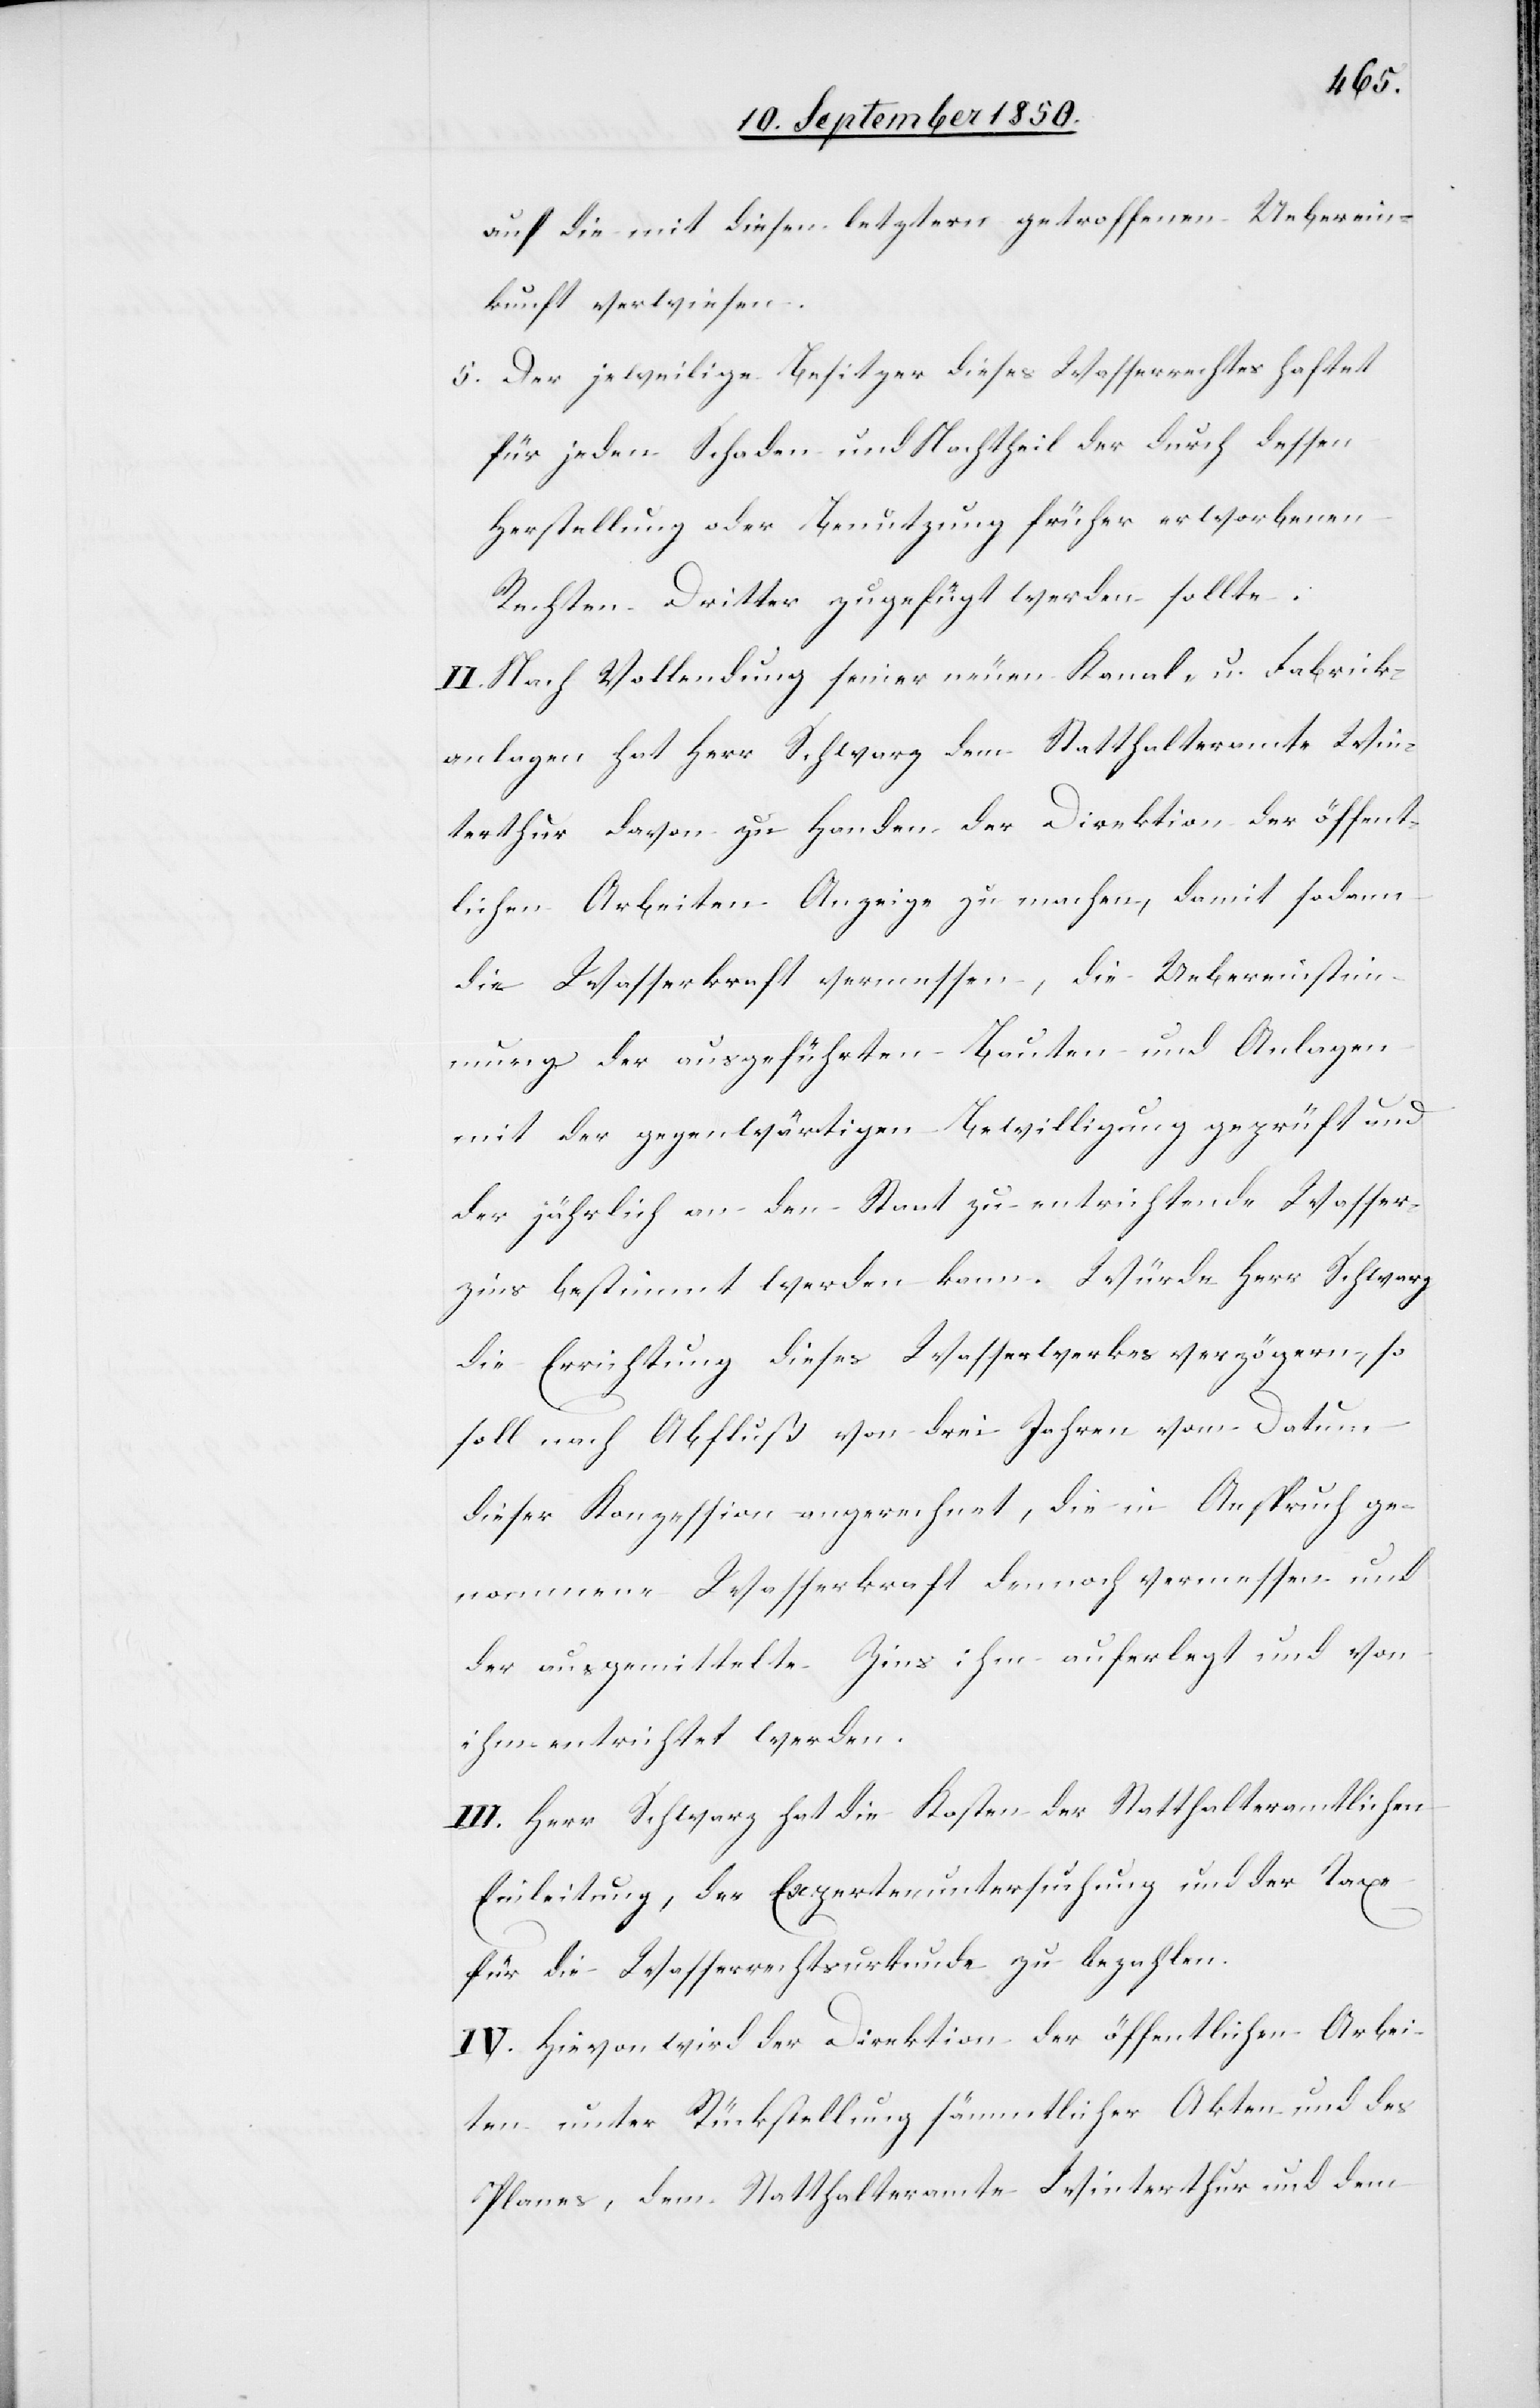
auf die mit diesen letztern getroffenen Ueberein¬
kunft verwiesen.
5. Der jeweilige Besitzer dieses Wasserrechtes haftet
für jeden Schaden und Nachtheil der durch dessen
Herstellung oder Benützung früher erworbenen
Rechten Dritter zugefügt werden sollte.
II. Nach Vollendung seiner neuen Kanal- u. Fabrick¬
anlagen hat Herr Schwarz dem Statthalteramte Win¬
terthur davon zu Handen der Direktion der öffent¬
lichen Arbeiten Anzeige zu machen, damit sodann
die Wasserkraft vermessen, die Uebereinstim¬
mung der ausgeführten Bauten und Anlagen
mit der gegenwärtigen Bewilligung geprüft und
der jährlich an den Staat zu entrichtende Wasser¬
zins bestimmt werden kann. Würde Herr Schwarz
die Errichtung dieses Wasserwerkes verzögern, so
soll nach Abfluß von drei Jahren vom Datum
dieser Konzession an gerechnet, die in Anspruch ge¬
nommene Wasserkraft dennoch vermessen und
der ausgemittelte Zins ihm auferlegt und von
ihm entrichtet werden.
III. Herr Schwarz hat die Kosten der Statthalteramtlichen
Einleitung, der Expertenuntersuchung und der Taxe
für die Wasserrechtsurkunde zu bezahlen.
IV. Hievon wird der Direktion der öffentlichen Arbei¬
ten unter Rückstellung sämmtlicher Akten und des
Planes, dem Statthalteramte Winterthur und dem